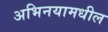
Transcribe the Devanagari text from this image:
अभिनयामधील